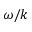
\omega / k